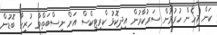
ކަން މިހެން ހުރުމުން ސަރުކާރުން އިދިކޮޅު ކްރިޓިކްސް އަށް ނިސްބަތްވާ ހުރިހާ ބޮޑުން